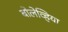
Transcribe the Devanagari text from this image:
बोलेव्हिया